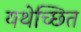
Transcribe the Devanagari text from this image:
यथेच्छित